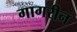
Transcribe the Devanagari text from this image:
गागरीन